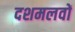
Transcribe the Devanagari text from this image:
दशमलवों